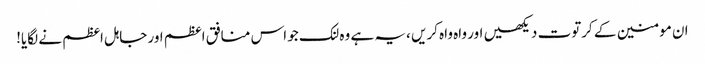
ان مومنین کے کرتوت دیکھیں اور واہ واہ کریں ،یہ ہے وہ لنک جو اس منافق اعظم اور جاہل اعظم نے لگایا!